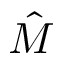
\hat { M }